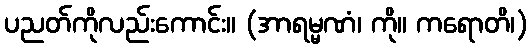
ပညတ်ကိုလည်းကောင်း။ (အာရမ္မဏံ၊ ကို။ ကရောတိ၊)